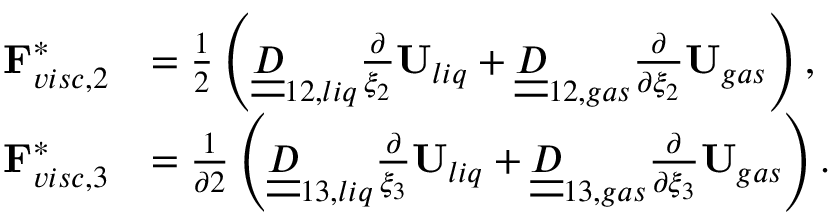
\begin{array} { r l } { \mathbf { F } _ { v i s c , 2 } ^ { * } } & { = \frac { 1 } { 2 } \left( \underline { { \underline { { D } } } } _ { 1 2 , l i q } \frac { \partial } { \xi _ { 2 } } \mathbf { U } _ { l i q } + \underline { { \underline { { D } } } } _ { 1 2 , g a s } \frac { \partial } { \partial \xi _ { 2 } } \mathbf { U } _ { g a s } \right) , } \\ { \mathbf { F } _ { v i s c , 3 } ^ { * } } & { = \frac { 1 } { \partial 2 } \left( \underline { { \underline { { D } } } } _ { 1 3 , l i q } \frac { \partial } { \xi _ { 3 } } \mathbf { U } _ { l i q } + \underline { { \underline { { D } } } } _ { 1 3 , g a s } \frac { \partial } { \partial \xi _ { 3 } } \mathbf { U } _ { g a s } \right) . } \end{array}